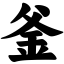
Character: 釜